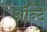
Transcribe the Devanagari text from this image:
अॅन्टि